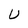
Character: U